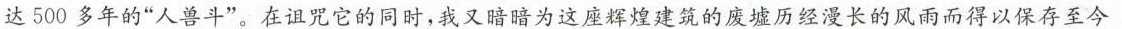
达500多年的”人兽斗”。在诅咒它的同时，我又暗暗为这座辉煌建筑的废墟历经漫长的风雨而得以保存至今